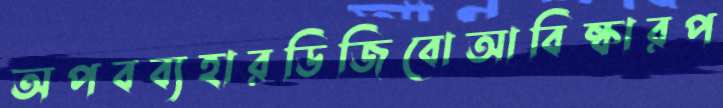
অপবব্যহারডিজিবোআবিষ্কারপ